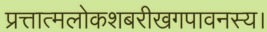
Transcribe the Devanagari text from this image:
प्रत्तात्मलोकशबरीखगपावनस्य।